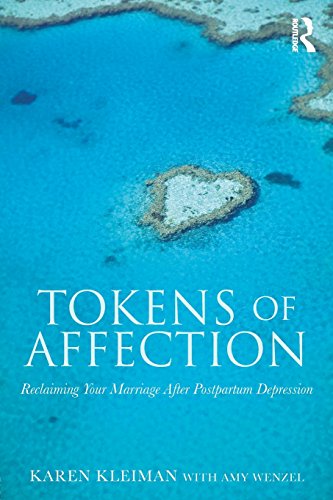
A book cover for Tokens of Affection: Reclaiming Your Marriage After Postpartum Depression; Karen Kleiman; Health, Fitness & Dieting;